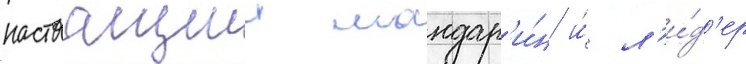
настоащии мандар'и́н и́ л'и́д'ер